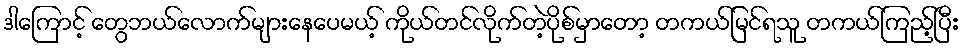
ဒါကြောင့် တွေဘယ်လောက်များနေပေမယ့် ကိုယ်တင်လိုက်တဲ့ပိုစ်မှာတော့ တကယ်မြင်ရသူ တကယ်ကြည့်ပြီး